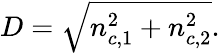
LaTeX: D=\sqrt{n_{c,1}^{2}+n_{c,2}^{2}}.